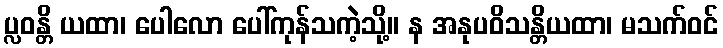
ပ္လဝန္တိ ယထာ၊ ပေါလော ပေါ်ကုန်သကဲ့သို့။ န အနုပဝိသန္တိယထာ၊ မသက်ဝင်